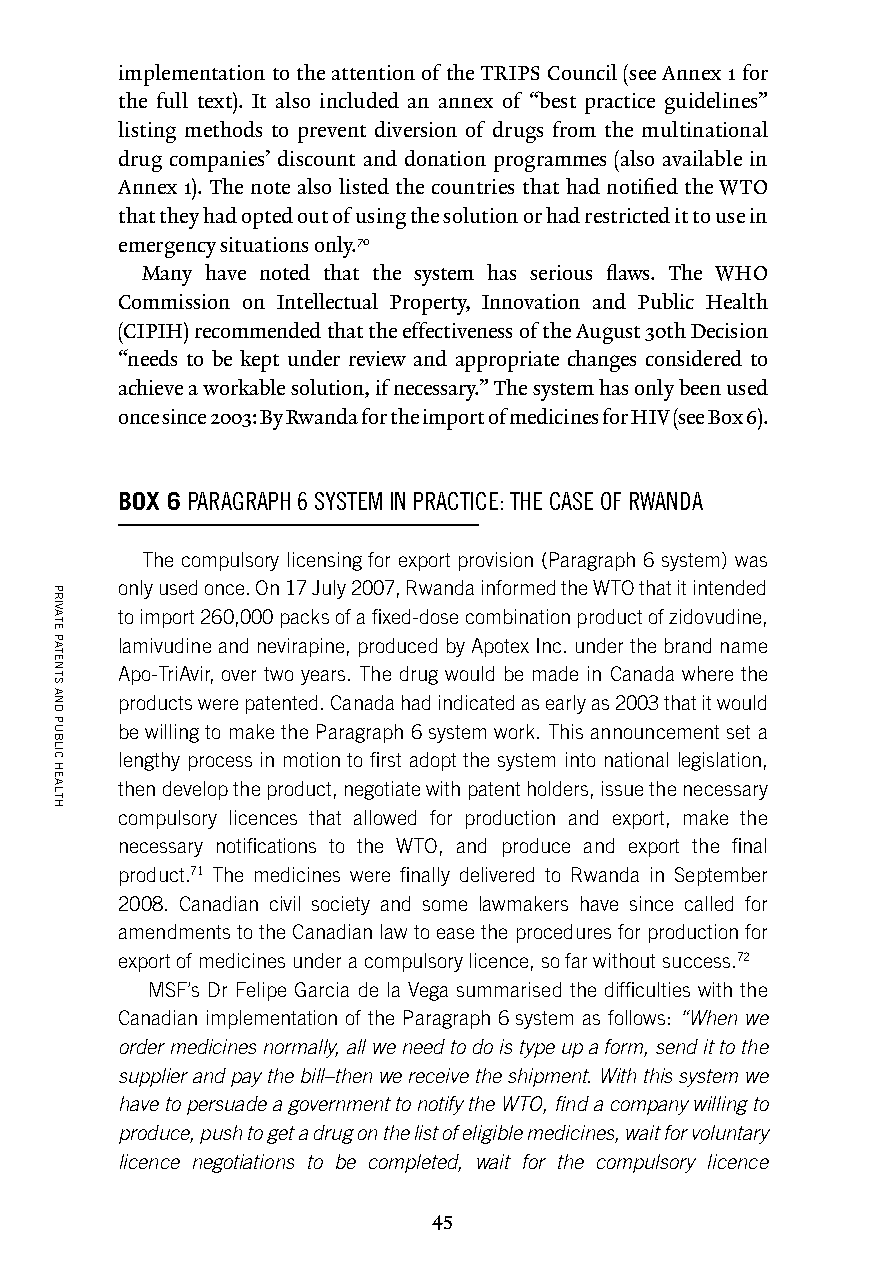
implementation to the attention of the TRIPS Council (see Annex 1 for
 the full text). It also included an annex of “best practice guidelines”
 listing methods to prevent diversion of drugs from the multinational
 drug companies’ discount and donation programmes (also available in
 Annex 1). The note also listed the countries that had notified the WTO
 that they had opted out of using the solution or had restricted it to use in
 emergency situations only.70
 Many have noted that the system has serious flaws. The WHO
 Commission on Intellectual Property, Innovation and Public Health
 (CIPIH) recommended that the effectiveness of the August 30th Decision
 “needs to be kept under review and appropriate changes considered to
 achieve a workable solution, if necessary.” The system has only been used
 once since 2003: By Rwanda for the import of medicines for HIV (see Box 6).
 BOX 6 PARAGRAPH 6 SYSTEM IN PRACTICE: THE CASE OF RWANDA
 The compulsory licensing for export provision (Paragraph 6 system) was
 only used once. On 17 July 2007, Rwanda informed the WTO that it intended
 to import 260,000 packs of a fixed-dose combination product of zidovudine,
 lamivudine and nevirapine, produced by Apotex Inc. under the brand name
 Apo-TriAvir, over two years. The drug would be made in Canada where the
 products were patented. Canada had indicated as early as 2003 that it would
 be willing to make the Paragraph 6 system work. This announcement set a
 lengthy process in motion to first adopt the system into national legislation,
 then develop the product, negotiate with patent holders, issue the necessary
 compulsory licences that allowed for production and export, make the
 necessary notifications to the WTO, and produce and export the final
 product.71 The medicines were finally delivered to Rwanda in September
 2008. Canadian civil society and some lawmakers have since called for
 amendments to the Canadian law to ease the procedures for production for
 export of medicines under a compulsory licence, so far without success.72
 MSF’s Dr Felipe Garcia de la Vega summarised the difficulties with the
 Canadian implementation of the Paragraph 6 system as follows: “When we
 order medicines normally, all we need to do is type up a form, send it to the
 supplier and pay the bill–then we receive the shipment. With this system we
 have to persuade a government to notify the WTO, find a company willing to
 produce, push to get a drug on the list of eligible medicines, wait for voluntary
 licence negotiations to be completed, wait for the compulsory licence
 45
 PRIVATE
 PATENTS
 AND
 PUBLIC
 HEALTH